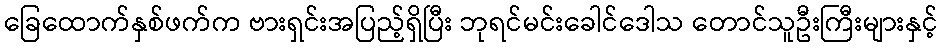
ခြေထောက်နှစ်ဖက်က ဗားရှင်းအပြည့်ရှိပြီး ဘုရင်မင်းခေါင်ဒေါသ တောင်သူဦးကြီးများနှင့်